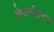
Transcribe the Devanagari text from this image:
केशरीकुमार